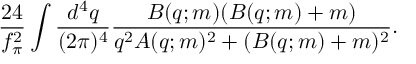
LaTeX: \frac { 2 4 } { f _ { \pi } ^ { 2 } } \int \frac { d ^ { 4 } q } { ( 2 \pi ) ^ { 4 } } \frac { B ( q ; m ) ( B ( q ; m ) + m ) } { q ^ { 2 } A ( q ; m ) ^ { 2 } + ( B ( q ; m ) + m ) ^ { 2 } } .